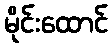
မိုင်းထောင်